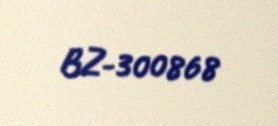
BZ-300868